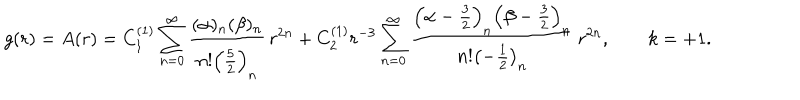
LaTeX: g ( r ) = A ( r ) = C _ { 1 } ^ { ( 1 ) } \sum _ { n = 0 } ^ { \infty } \frac { ( \alpha ) _ { n } ( \beta ) _ { n } } { n ! \left( \frac 5 2 \right) _ { n } } \, r ^ { 2 n } + C _ { 2 } ^ { ( 1 ) } r ^ { - 3 } \sum _ { n = 0 } ^ { \infty } \frac { \left( \alpha - \frac 3 2 \right) _ { n } \left( \beta - \frac 3 2 \right) _ { n } } { n ! \left( - \frac 1 2 \right) _ { n } } \, r ^ { 2 n } , \qquad k = + 1 .